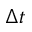
\Delta t